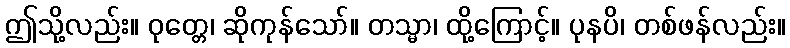
ဤသို့လည်း။ ဝုတ္တေ၊ ဆိုကုန်သော်။ တသ္မာ၊ ထို့ကြောင့်။ ပုနပိ၊ တစ်ဖန်လည်း။